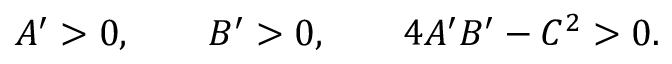
A ^ { \prime } > 0 , \qquad B ^ { \prime } > 0 , \qquad 4 A ^ { \prime } B ^ { \prime } - C ^ { 2 } > 0 .